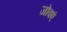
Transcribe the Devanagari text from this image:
जोवएं